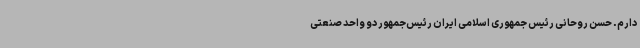
دارم. حسن روحانی رئیس جمهوری اسلامی ایران رئیس‌جمهور دو واحد صنعتی